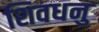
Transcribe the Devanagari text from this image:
शिवधनु